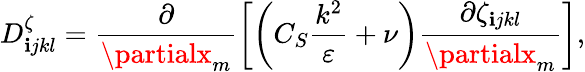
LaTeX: D_{\mathbf{i}jkl}^{\zeta}=\frac{{\partial}}{{\partialx_{m}}}\left[\left(C_{S}\frac{{k^{2}}}{{\varepsilon}}+\nu\right)\frac{{\partial\zeta_{\mathbf{i}jkl}}}{{\partialx_{m}}}\right],